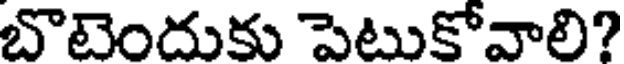
బొటెందుకు పెటుకోవాలి?